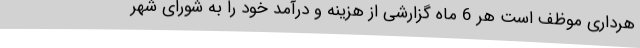
هرداری موظف است هر 6 ماه گزارشی از هزینه و درآمد خود را به شورای شهر